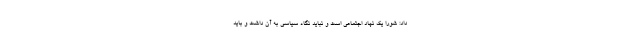
داد: شورا یک نهاد اجتماعی است و نباید نگاه سیاسی به آن داشت و باید